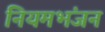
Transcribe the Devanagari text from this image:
नियमभंजन